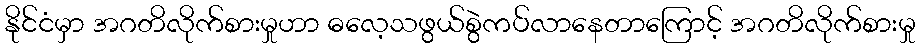
နိုင်ငံမှာ အဂတိလိုက်စားမှုဟာ ဓလေ့သဖွယ်စွဲကပ်လာနေတာကြောင့် အဂတိလိုက်စားမှု